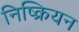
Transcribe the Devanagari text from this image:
निष्क्रियन